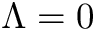
\Lambda = 0